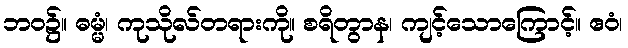
ဘဝ၌။ ဓမ္မံ၊ ကုသိုလ်တရားကို။ စရိတွာန၊ ကျင့်သောကြောင့်။ ဧဝံ၊